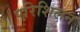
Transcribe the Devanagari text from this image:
परिशिलन